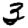
Digit: 3